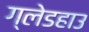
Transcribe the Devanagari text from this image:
ग्लेडहाउ